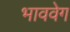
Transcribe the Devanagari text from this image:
भाववेग